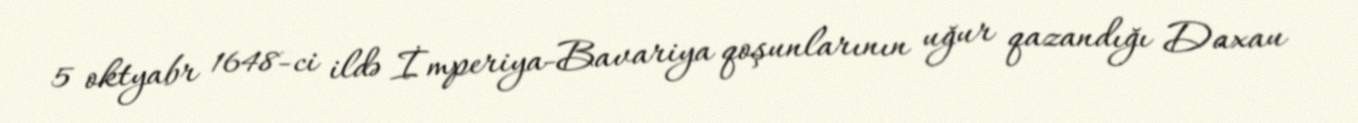
5 oktyabr 1648-ci ildə İmperiya-Bavariya qoşunlarının uğur qazandığı Daxau